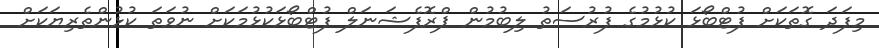
މިފަދަ ގޮތަކަށް ފުޓްބޯޅަ ކުޅުމުގެ ފުރުސަތު ލިބުމުން ޕްރޮފެޝަނަލް ފުޓްބޯޅަކުޅުމަކަށް ނުވަތަ ކުޅުންތެރިޔަކަށް